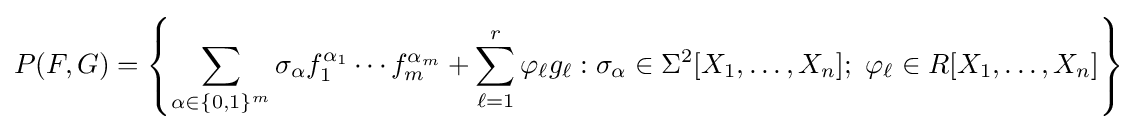
P(F,G)=\left\{\sum _{\alpha \in \{0,1\}^{m}}\sigma _{\alpha }f_{1}^{\alpha _{1}}\cdots f_{m}^{\alpha _{m}}+\sum _{\ell =1}^{r}\varphi _{\ell }g_{\ell }:\sigma _{\alpha }\in \Sigma ^{2}[X_{1},\ldots ,X_{n}];\ \varphi _{\ell }\in R[X_{1},\ldots ,X_{n}]\right\}